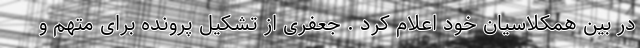
در بین همکلاسیان خود اعلام کرد . جعفری از تشکیل پرونده برای متهم و